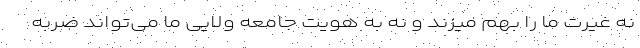
نه غیرت ما را بهم میزند و نه به هویت جامعه ولایی ما می‌تواند ضربه